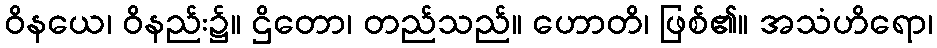
ဝိနယေ၊ ဝိနည်း၌။ ဌိတော၊ တည်သည်။ ဟောတိ၊ ဖြစ်၏။ အသံဟိရော၊